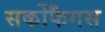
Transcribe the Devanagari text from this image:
सर्कोफैगस